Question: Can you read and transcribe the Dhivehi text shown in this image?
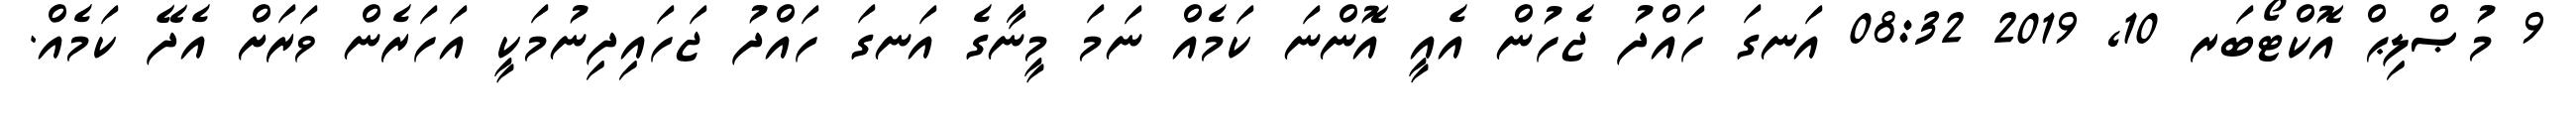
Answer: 9 މުޞްލިޙް އޮކްޓޯބަރ 10, 2019 08:32 އަނގަ ހައްދު ޖެހުން އެއީ އޮންނަ ކަމެއް ނަމަ މީނާގެ އަނގަ ހައްދު ޖަހައިދިނުމަކީ އަހަރެން ވަރަށް އެދޭ ކަމެއް.